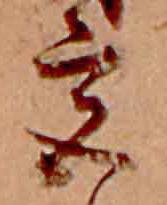
宮